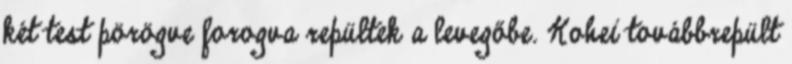
két test pörögve forogva repültek a levegőbe. Kohei továbbrepült